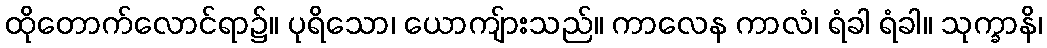
ထိုတောက်လောင်ရာ၌။ ပုရိသော၊ ယောကျ်ားသည်။ ကာလေန ကာလံ၊ ရံခါ ရံခါ။ သုက္ခာနိ၊